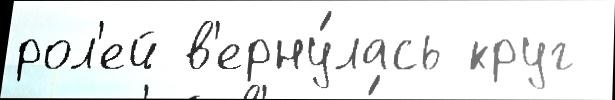
рол'ей в'ерну́лась круг